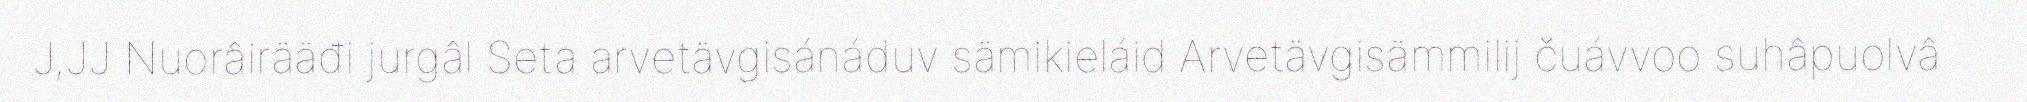
J,JJ Nuorâirääđi jurgâl Seta arvetävgisánáduv sämikieláid Arvetävgisämmilij čuávvoo suhâpuolvâ